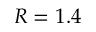
R = 1 . 4